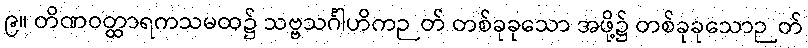
၉။ တိဏဝတ္ထာရကသမထ၌ သဗ္ဗသင်္ဂါဟိကဉတ် တစ်ခုခုသော အဖို့၌ တစ်ခုခုသောဉတ်